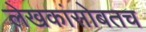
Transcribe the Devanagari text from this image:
लेखकांसोबतच